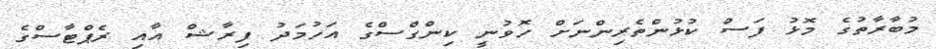
މުބާރާތުގެ މޮޅު ފަސް ކުޅުންތެރިންނަށް ހޮވުނީ ކިންގްސްގެ އަހުމަދު ފިރާޝް އާއި ރެޕްޓާސްގެ